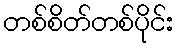
တစ်စိတ်တစ်ပိုင်း